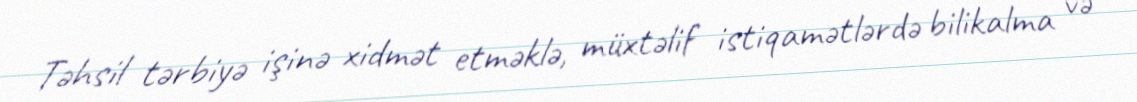
Təhsil tərbiyə işinə xidmət etməklə, müxtəlif istiqamətlərdə bilikalma və